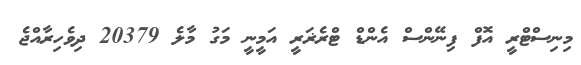
މިނިސްޓްރީ އޮފް ފިނޭންސް އެންޑް ޓްރެޜަރީ އަމީނީ މަގު މާލެ 20379 ދިވެހިރާއްޖެ